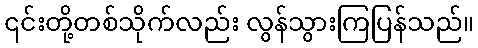
၎င်းတို့တစ်သိုက်လည်း လွန်သွားကြပြန်သည်။